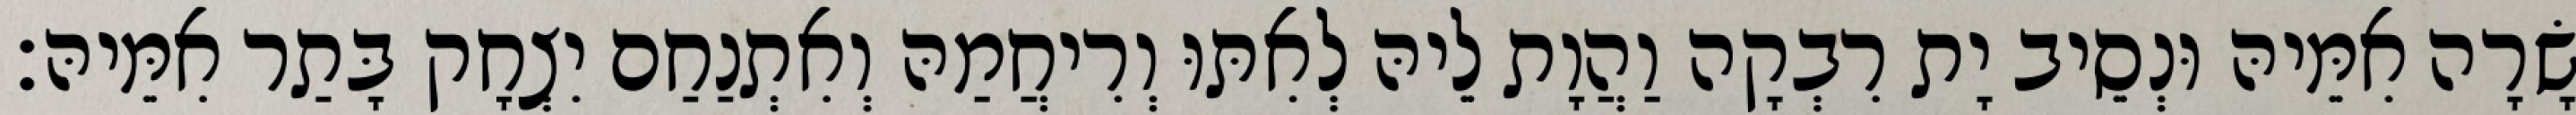
שָׂרָה אִמֵּיהּ וּנְסֵיב יָת רִבְקָה וַהֲוָת לֵיהּ לְאִתּוּ וְרִיחֲמַהּ וְאִתְנַחַם יִצְחָק בָּתַר אִמֵּיהּ׃